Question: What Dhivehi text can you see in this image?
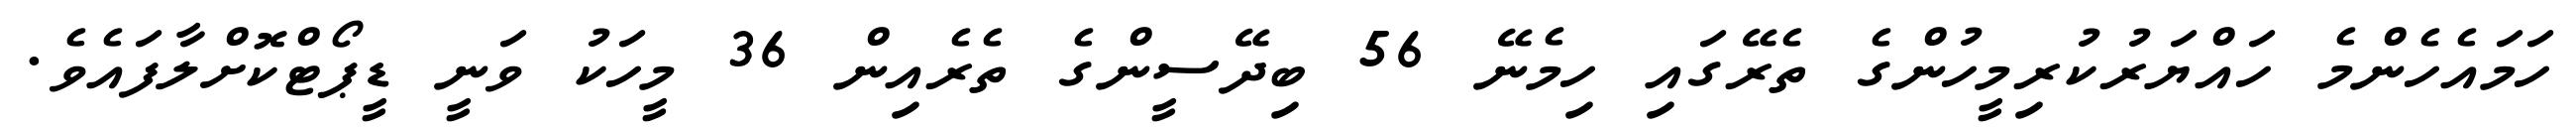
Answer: ހަމައެހެންމެ ހައްޔަރުކުރިމީހުންގެ ތެރޭގައި ހިމެނޭ 56 ބިދޭސީންގެ ތެރެއިން 36 މީހަކު ވަނީ ޑީޕޯޓްކޮށްލާފައެވެ.